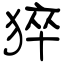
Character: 猝